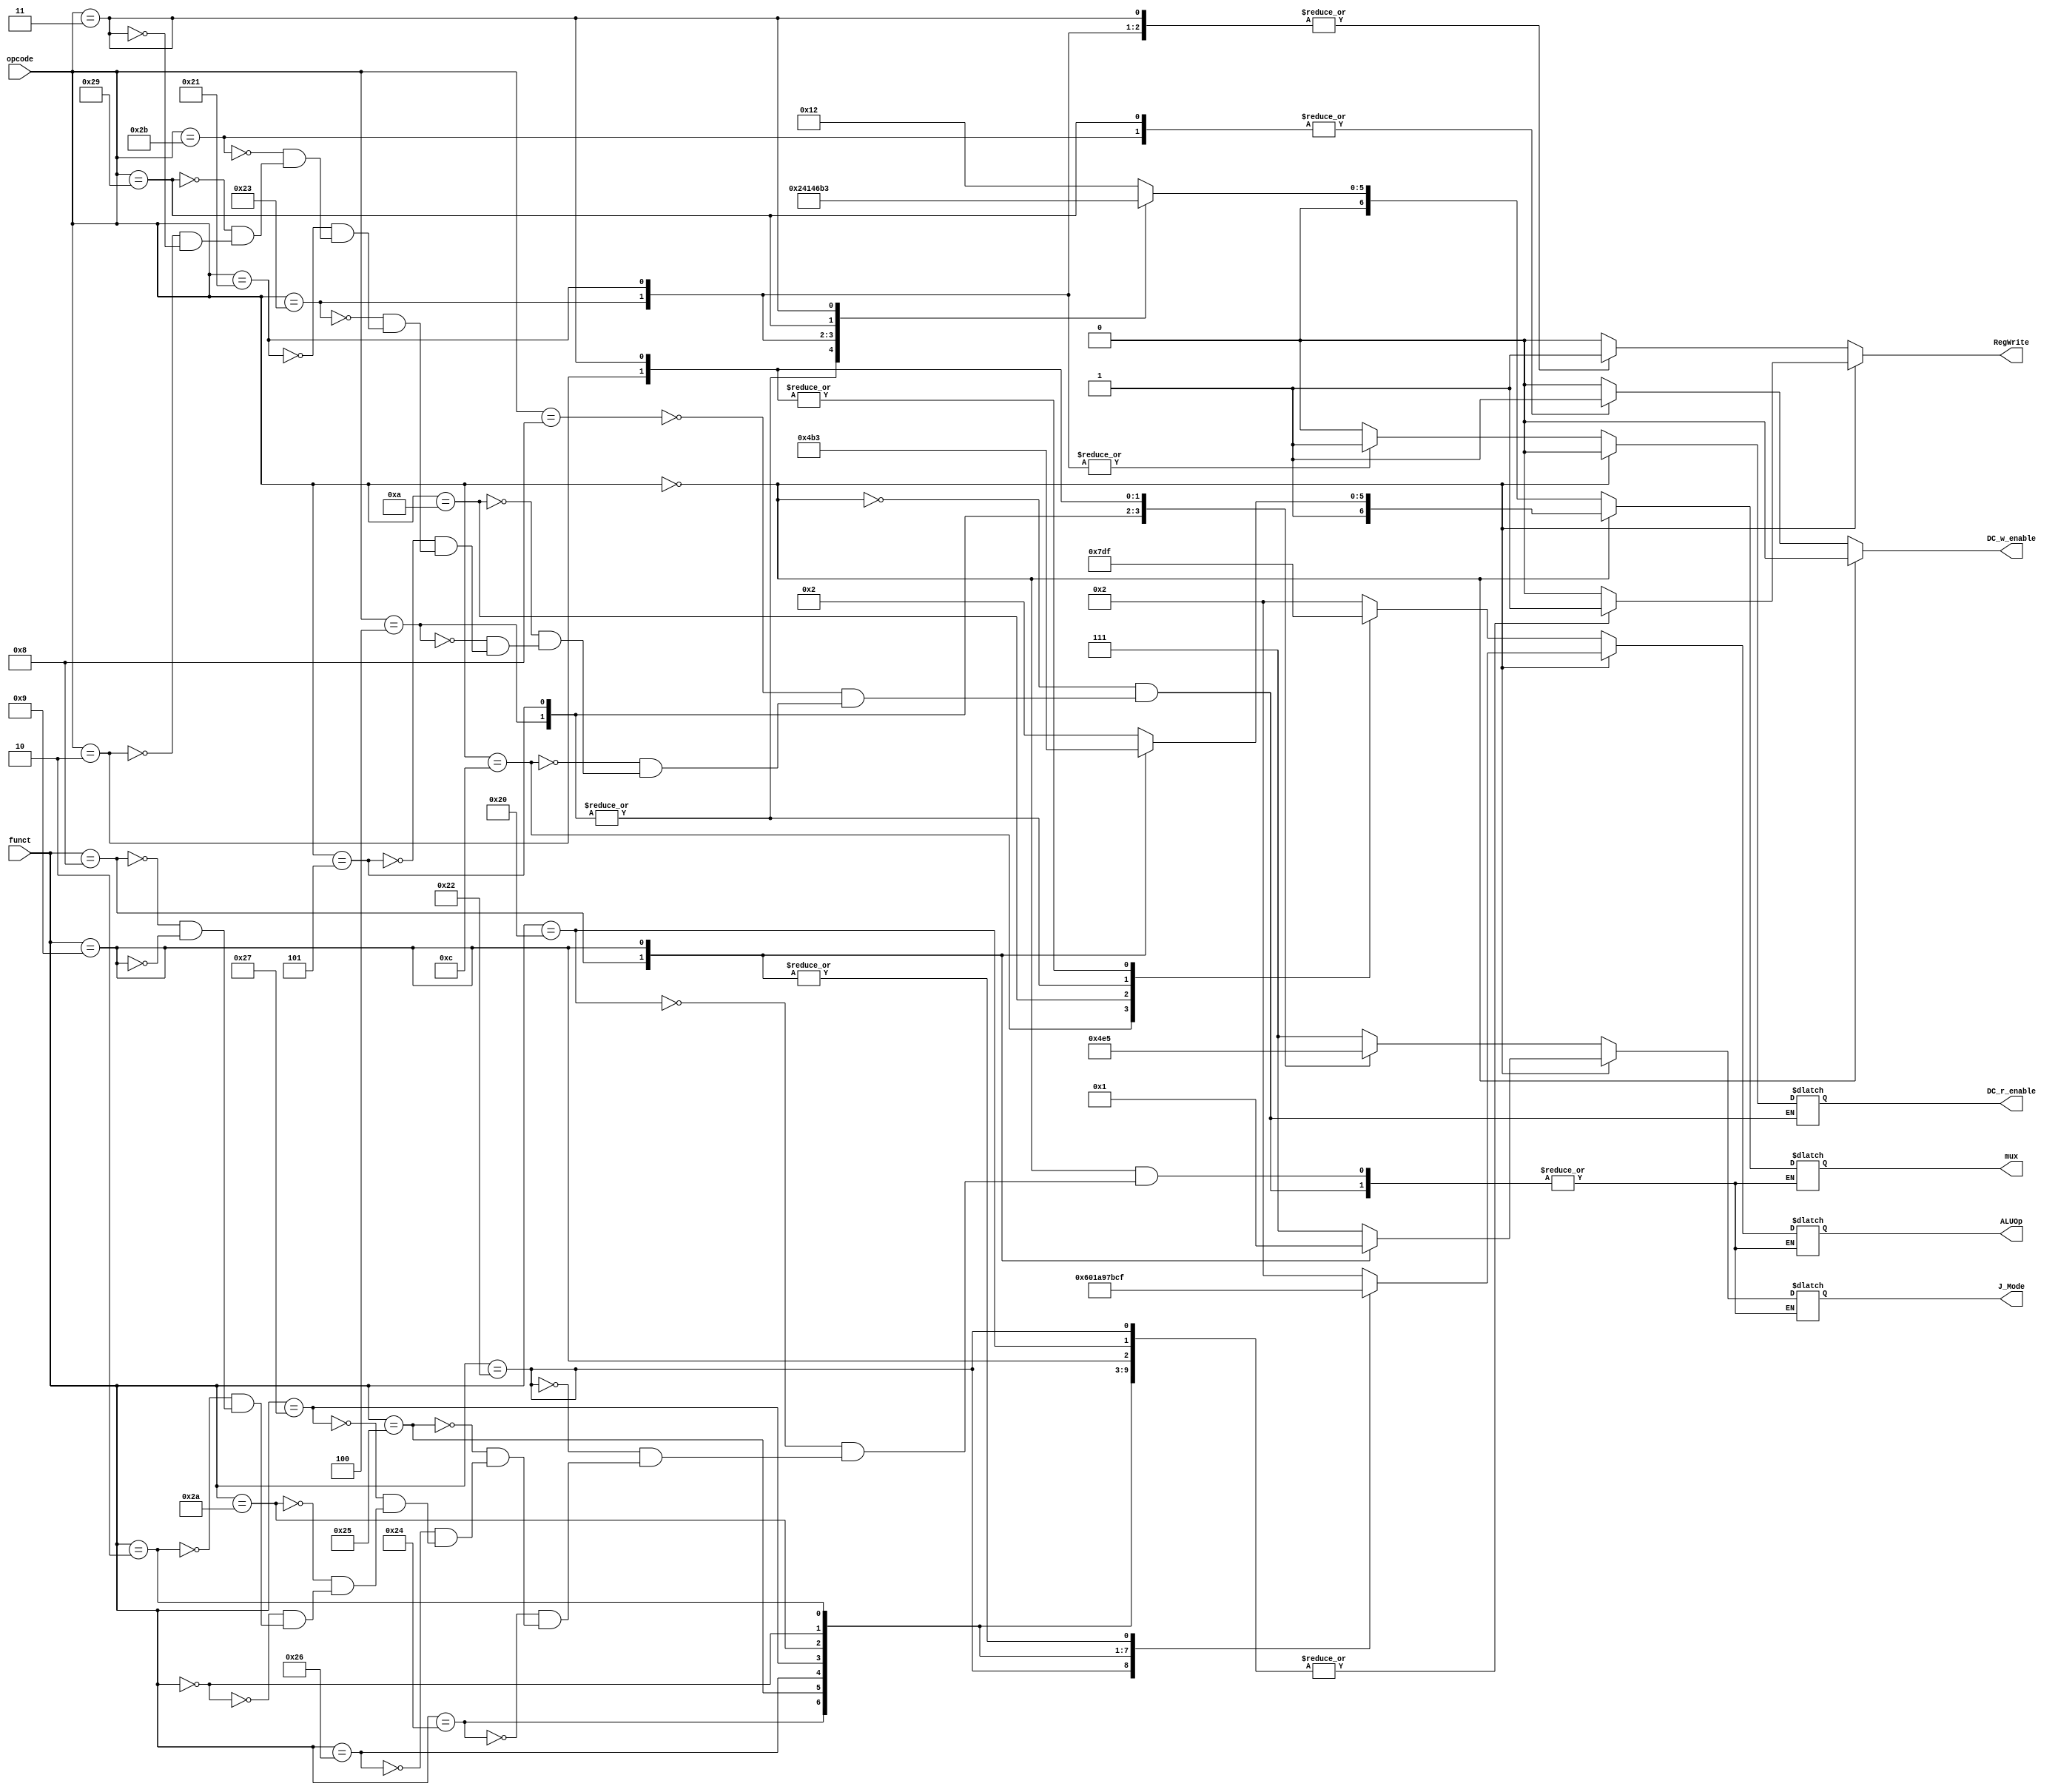
// Controller
module Controller ( 
					opcode,
					funct,
					// write your code in here
					//mux
					mux,
					//DM(save enable)
					DC_w_enable,
					DC_r_enable,
					//Regfile(write enable)
					RegWrite,
					//ALU
					ALUOp,
					//JumpCtrl
					J_Mode
					);

		input  [5:0] opcode;
    input  [5:0] funct;

		// write your code in here

		//mux
 
		/* mux
		*  0 always goes top line
		*  1 always goes bottom line
		*  mux[6] RegDst
		*  mux[5] wrAddress
		*  mux[4] RegImm
		*  mux[3] define sw or sh
		*  mux[2] define lw or lh
		*  mux[1]	MemtoReg
		*  mux[0] define Jal or not
		*/

		output reg [6:0] mux;

		//output
		output reg [3:0] ALUOp;
		output reg [2:0] J_Mode;
		output reg RegWrite;
		output reg DC_w_enable;
		output reg DC_r_enable;

		always @(*) begin
			if(opcode == 6'b000000) begin
				case (funct)
					//J_Mode = 7  => default
					//ALUOp  = 15 => default
					//mux default => 0
					//RegWrite    => 0
					//DC_w_enable   => 0
					//DC_r_enable    => 0

					//R-format
					6'b100000:  //add
					begin
						mux <= 7'b1000010;
						ALUOp <= 2;
						RegWrite <= 1;
						DC_w_enable <= 0;
						DC_r_enable  <= 0;
						J_Mode <= 7;
					end
					6'b100010:  //sub
					begin
						mux <= 7'b1000010;
						ALUOp <= 6;
						RegWrite <= 1;
						DC_w_enable <= 0;
						DC_r_enable  <= 0;
						J_Mode <= 7;
					end
					6'b100100:  //and
					begin
						mux <= 7'b1000010;
						ALUOp <= 0;
						RegWrite <= 1;
						DC_w_enable <= 0;
						DC_r_enable  <= 0;
						J_Mode <= 7;
					end
					6'b100101:  //or
					begin
						mux <= 7'b1000010;
						ALUOp <= 1;
						RegWrite <= 1;
						DC_w_enable <= 0;
						DC_r_enable  <= 0;
						J_Mode <= 7;
					end
					6'b100110:  //xor
					begin
						mux <= 7'b1000010;
						ALUOp <= 10;
						RegWrite <= 1;
						DC_w_enable <= 0;
						DC_r_enable  <= 0;
						J_Mode <= 7;
					end
					6'b100111:  //nor
					begin
						mux <= 7'b1000010;
						ALUOp <= 9;
						RegWrite <= 1;
						DC_w_enable <= 0;
						DC_r_enable  <= 0;
						J_Mode <= 7;
					end
					6'b101010:  //slt
					begin
						mux <= 7'b1000010;
						ALUOp <= 7;
						RegWrite <= 1;
						DC_w_enable <= 0;
						DC_r_enable  <= 0;
						J_Mode <= 7;
					end
					6'b000000:  //sll
					begin
						mux <= 7'b1000010;
						ALUOp <= 11;
						RegWrite <= 1;
						DC_w_enable <= 0;
						DC_r_enable  <= 0;
						J_Mode <= 7;
					end
					6'b000010:  //srl
					begin
						mux <= 7'b1000010;
						ALUOp <= 12;
						RegWrite <= 1;
						DC_w_enable <= 0;
						DC_r_enable  <= 0;
						J_Mode <= 7;
					end
					6'b001000:  //jr
					begin
						mux <= 7'b1010010;
						ALUOp <= 15;
						RegWrite <= 0;
						DC_w_enable <= 0;
						DC_r_enable  <= 0;
						J_Mode <= 0;
					end
					6'b001001:  //jalr
					begin
						mux <= 7'b1110011;
						ALUOp <= 15;
						RegWrite <= 1;
						DC_w_enable <= 0;
						DC_r_enable  <= 0;
						J_Mode <= 1;
					end
					default:
					begin
						RegWrite    <= 0;
						DC_w_enable   <= 0;
						DC_r_enable  <= 0;
					end
				endcase
			end
			else begin
				case (opcode)
					//I-format
					6'b001000:  //addi
					begin
						mux <= 7'b0010010;
						ALUOp <= 2;
						RegWrite <= 1;
						DC_w_enable <= 0;
						DC_r_enable  <= 0;
						J_Mode <= 7;
					end
					6'b001100:  //andi
					begin
						mux <= 7'b0010010;
						ALUOp <= 0;
						RegWrite <= 1;
						DC_w_enable <= 0;
						DC_r_enable  <= 0;
						J_Mode <= 7;
					end
					6'b001010:  //slti
					begin
						mux <= 7'b0010010;
						ALUOp <= 7;
						RegWrite <= 1;
						DC_w_enable <= 0;
						DC_r_enable  <= 0;
						J_Mode <= 7;
					end
					6'b000100:  //beq
					begin
						mux <= 7'b0000010;
						ALUOp <= 13;
						RegWrite <= 0;
						DC_w_enable <= 0;
						DC_r_enable  <= 0;
						J_Mode <= 2;
					end
					6'b000101:  //bne
					begin
						mux <= 7'b0000010;
						ALUOp <= 13;
						RegWrite <= 0;
						DC_w_enable <= 0;
						DC_r_enable  <= 0;
						J_Mode <= 3;
					end
					6'b100011:  //lw
					begin
						mux <= 7'b0010000;
						ALUOp <= 2;
						RegWrite <= 1;
						DC_w_enable <= 0;
						DC_r_enable  <= 1;
						J_Mode <= 7;
					end
					6'b100001:  //lh
					begin
						mux <= 7'b0010100;
						ALUOp <= 2;
						RegWrite <= 1;
						DC_w_enable <= 0;
						DC_r_enable  <= 1;
						J_Mode <= 7;
					end
					6'b101011:  //sw
					begin
						mux <= 7'b0010010;
						ALUOp <= 2;
						RegWrite <= 0;
						DC_w_enable <= 1;
						DC_r_enable  <= 0;
						J_Mode <= 7;
					end
					6'b101001:  //sh
					begin
						mux <= 7'b0011010;
						ALUOp <= 2;
						RegWrite <= 0;
						DC_w_enable <= 1;
						DC_r_enable  <= 0;
						J_Mode <= 7;
					end
					//J-format
					6'b000010:  //j
					begin
						mux <= 7'b0010010;
						ALUOp <= 15;
						RegWrite <= 0;
						DC_w_enable <= 0;
						DC_r_enable  <= 0;
						J_Mode <= 4;
					end
					6'b000011:  //jal
					begin
						mux <= 7'b0110011;
						ALUOp <= 15;
						RegWrite <= 1;
						DC_w_enable <= 0;
						DC_r_enable  <= 0;
						J_Mode <= 5;
					end
					default:
					begin
						RegWrite    <= 0;
						DC_w_enable   <= 0;
					end
				endcase
			end
		end
endmodule